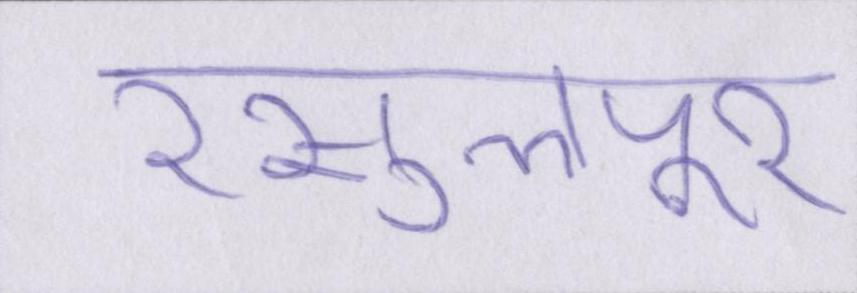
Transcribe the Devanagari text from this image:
रसुलपुर